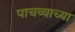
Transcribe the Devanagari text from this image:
पाचव्याच्या